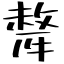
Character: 犛